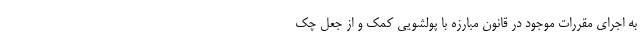
به اجرای مقررات موجود در قانون مبارزه با پولشویی کمک و از جعل چک